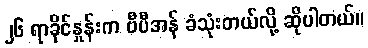
၂၆ ရာခိုင်နှုန်းက ဗီပီအန် ခံသုံးတယ်လို့ ဆိုပါတယ်။